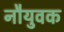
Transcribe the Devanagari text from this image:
नौयुवक